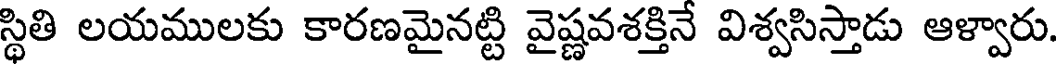
స్థితి లయములకు కారణమైనట్టి వైష్ణవశక్తినే విశ్వసిస్తాడు ఆళ్వారు.